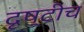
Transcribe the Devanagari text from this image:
दृष्टीच